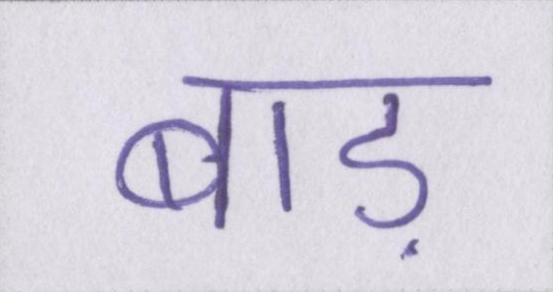
बाड़